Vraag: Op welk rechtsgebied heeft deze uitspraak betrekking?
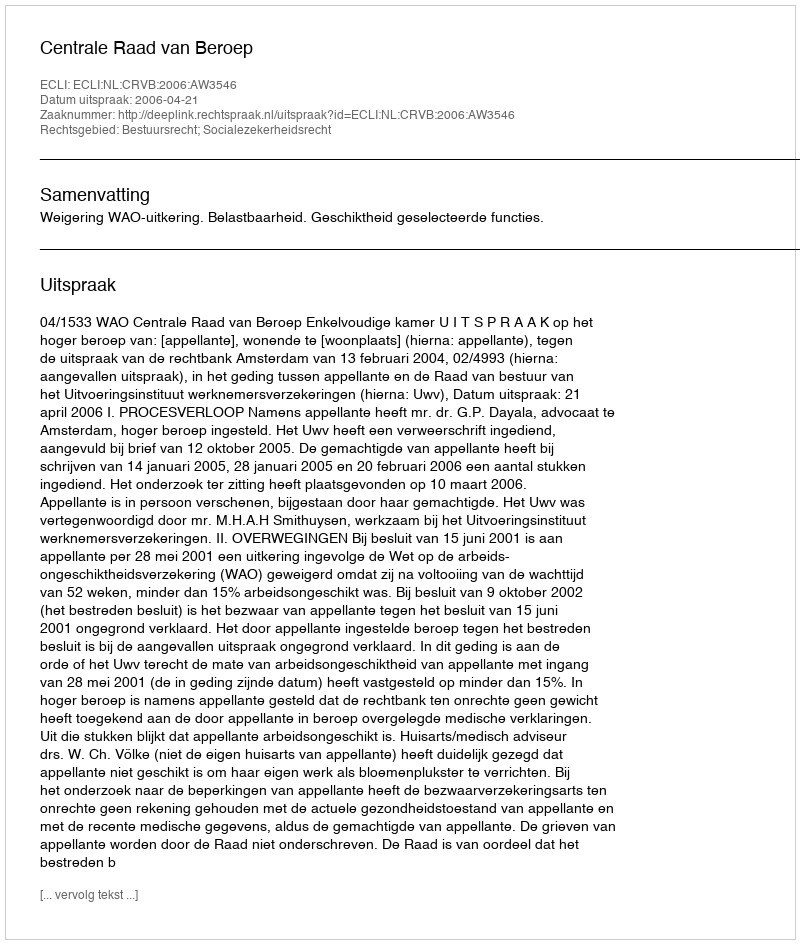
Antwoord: Bestuursrecht; Socialezekerheidsrecht